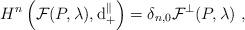
LaTeX: \begin{align*}H^n\left(\mathcal{F}(P,\lambda),\mathrm{d}_+^\parallel\right)=\delta_{n,0}\mathcal{F}^{\perp}(P,\lambda)\ ,\end{align*}